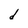
Character: d